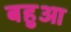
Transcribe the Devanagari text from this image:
बहुआ